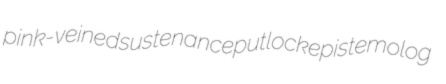
pink-veined sustenance putlock epistemolog